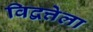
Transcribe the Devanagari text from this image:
विद्वत्तेला